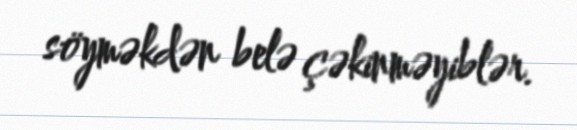
söyməkdən belə çəkinməyiblər.